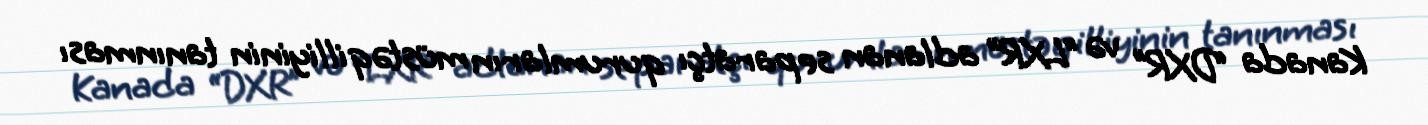
Kanada “DXR” və “LXR” adlanan separatçı qurumların müstəqilliyinin tanınması